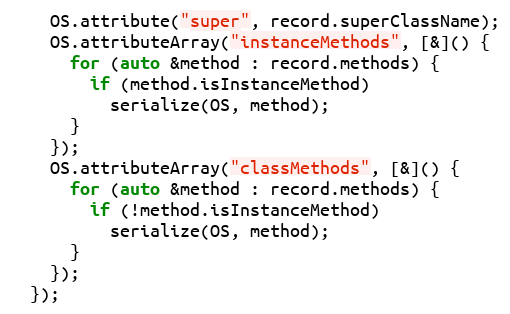
Language: C++
    OS.attribute("super", record.superClassName);
    OS.attributeArray("instanceMethods", [&]() {
      for (auto &method : record.methods) {
        if (method.isInstanceMethod)
          serialize(OS, method);
      }
    });
    OS.attributeArray("classMethods", [&]() {
      for (auto &method : record.methods) {
        if (!method.isInstanceMethod)
          serialize(OS, method);
      }
    });
  });